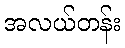
အလယ်တန်း